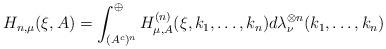
LaTeX: \begin{align*}H_{n,\mu}(\xi,A)=\int_{( A^c)^n}^{\oplus}H^{(n)}_{\mu,A}(\xi,k_1,\dots,k_n)d\lambda_{\nu}^{\otimes n}(k_1,\dots,k_n)\end{align*}